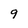
Character: 9